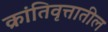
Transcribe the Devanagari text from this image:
क्रांतिवृत्तातील